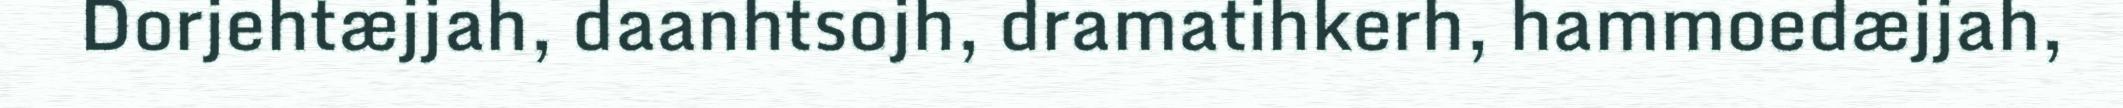
Dorjehtæjjah, daanhtsojh, dramatihkerh, hammoedæjjah,